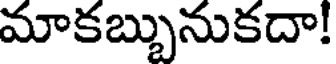
మాకబ్బునుకదా!